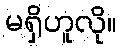
မရှိဟူလို။